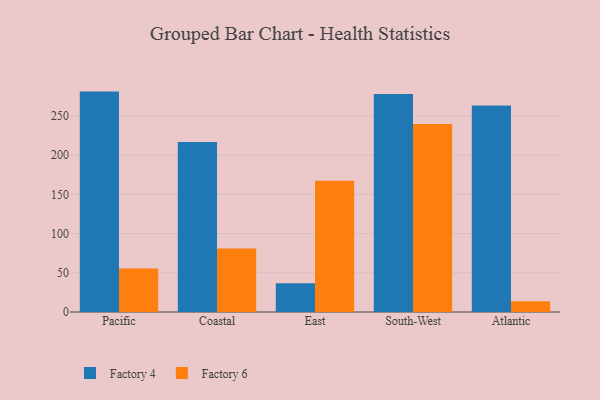
{"axis": {"x": "Region", "y": "Tickets Resolved"}, "legend": ["Factory 4", "Factory 6"], "data": [{"x": "Pacific", "y": 281.1, "type": "Factory 4"}, {"x": "Pacific", "y": 55.6, "type": "Factory 6"}, {"x": "Coastal", "y": 216.9, "type": "Factory 4"}, {"x": "Coastal", "y": 80.9, "type": "Factory 6"}, {"x": "East", "y": 36.7, "type": "Factory 4"}, {"x": "East", "y": 167.5, "type": "Factory 6"}, {"x": "South-West", "y": 277.9, "type": "Factory 4"}, {"x": "South-West", "y": 239.9, "type": "Factory 6"}, {"x": "Atlantic", "y": 263.5, "type": "Factory 4"}, {"x": "Atlantic", "y": 13.7, "type": "Factory 6"}]}